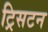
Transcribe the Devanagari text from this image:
ट्रिसटन